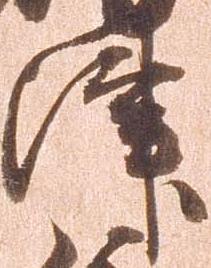
津